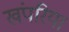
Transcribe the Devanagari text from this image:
खंपरिया